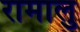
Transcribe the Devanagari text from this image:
रामालु